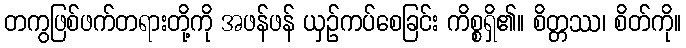
တကွဖြစ်ဖက်တရားတို့ကို အဖန်ဖန် ယှဉ်ကပ်စေခြင်း ကိစ္စရှိ၏။ စိတ္တဿ၊ စိတ်ကို။